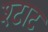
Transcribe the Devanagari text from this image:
श्टाट